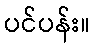
ပင်ပန်း။